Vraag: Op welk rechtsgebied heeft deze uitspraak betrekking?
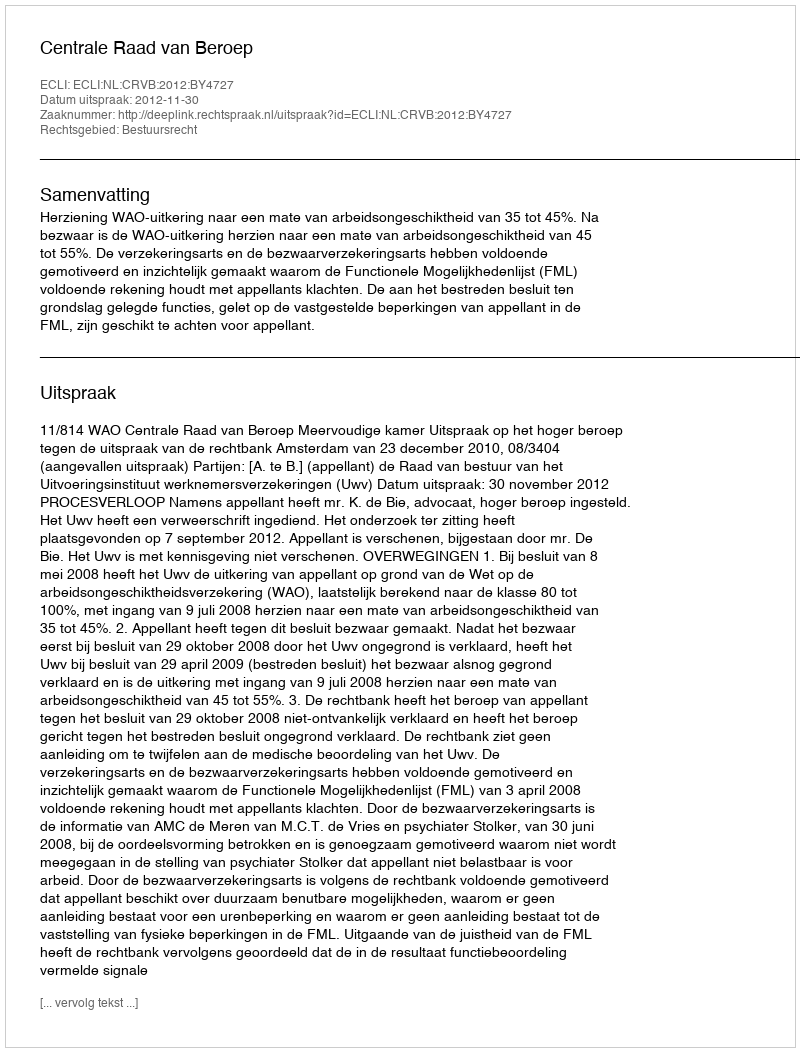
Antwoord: Bestuursrecht